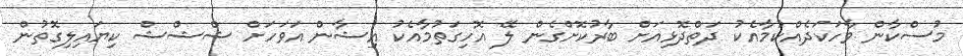
މުސްކާން ވާހަކަދެއްކުމާއެކު ދަތްދޮޅިއަށް ބާރުކޮށްގެން ލޭ އޮހިގަތުމާއެކު އިޝާން އަވަހަށް ޝްޝްޝް ކިޔައިލިގޮތުން